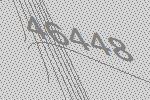
46448